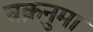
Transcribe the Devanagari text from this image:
चक्रनुमा